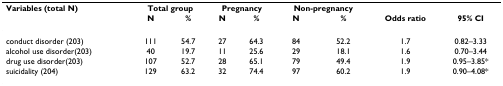
| Variables (total N) | <COLSPAN=2> Total group | <COLSPAN=2> Pregnancy | <COLSPAN=2> Non-pregnancy |  |  |
 |  | N | % | N | % | N | % | Odds ratio | 95% CI |
 | --- | --- | --- | --- | --- | --- | --- | --- | --- |
 | conduct disorder (203) | 111 | 54.7 | 27 | 64.3 | 84 | 52.2 | 1.7 | 0.82–3.33 |
 | alcohol use disorder(203) | 40 | 19.7 | 11 | 25.6 | 29 | 18.1 | 1.6 | 0.70–3.44 |
 | drug use disorder(203) | 107 | 52.7 | 28 | 65.1 | 79 | 49.4 | 1.9 | 0.95–3.85* |
 | suicidality (204) | 129 | 63.2 | 32 | 74.4 | 97 | 60.2 | 1.9 | 0.90–4.08* |